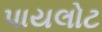
પાયલોટ